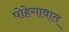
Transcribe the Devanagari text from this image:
पोहेगावात